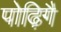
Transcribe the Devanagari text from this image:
पोढ़िगै